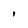
Character: 1